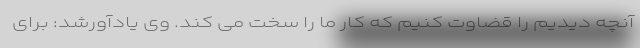
آنچه دیدیم را قضاوت کنیم که کار ما را سخت می کند. وی یادآورشد: برای